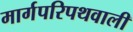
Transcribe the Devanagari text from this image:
मार्गपरिपथवाली